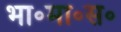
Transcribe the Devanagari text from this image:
भा॰मा॰स॰